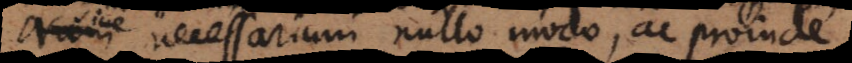
necessarium nullo modo, ac proinde